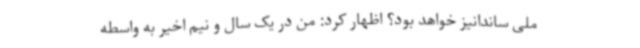
ملی ساندانیز خواهد بود؟ اظهار کرد: من در یک سال و نیم اخیر به واسطه